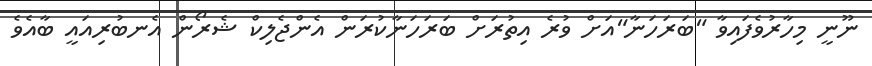
ނޫނީ މިހާރުވެފައިވާ "ބަރަހަނާ"އަށް ވުރެ އިތުރަށް ބަރަހަނާކުރަން އެންޖެލިކް ޝެރޯން އެނބުރިއައީ ބާއެވެ